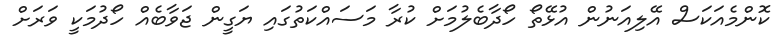
ކޮންމެއަކަސް އޭލިއަނުން އުޅޭތޯ ހޯދާބެލުމަށް ކުރާ މަސައްކަތުގައި ޔަގީން ޖަވާބެއް ހޯދުމަކީ ވަރަށް